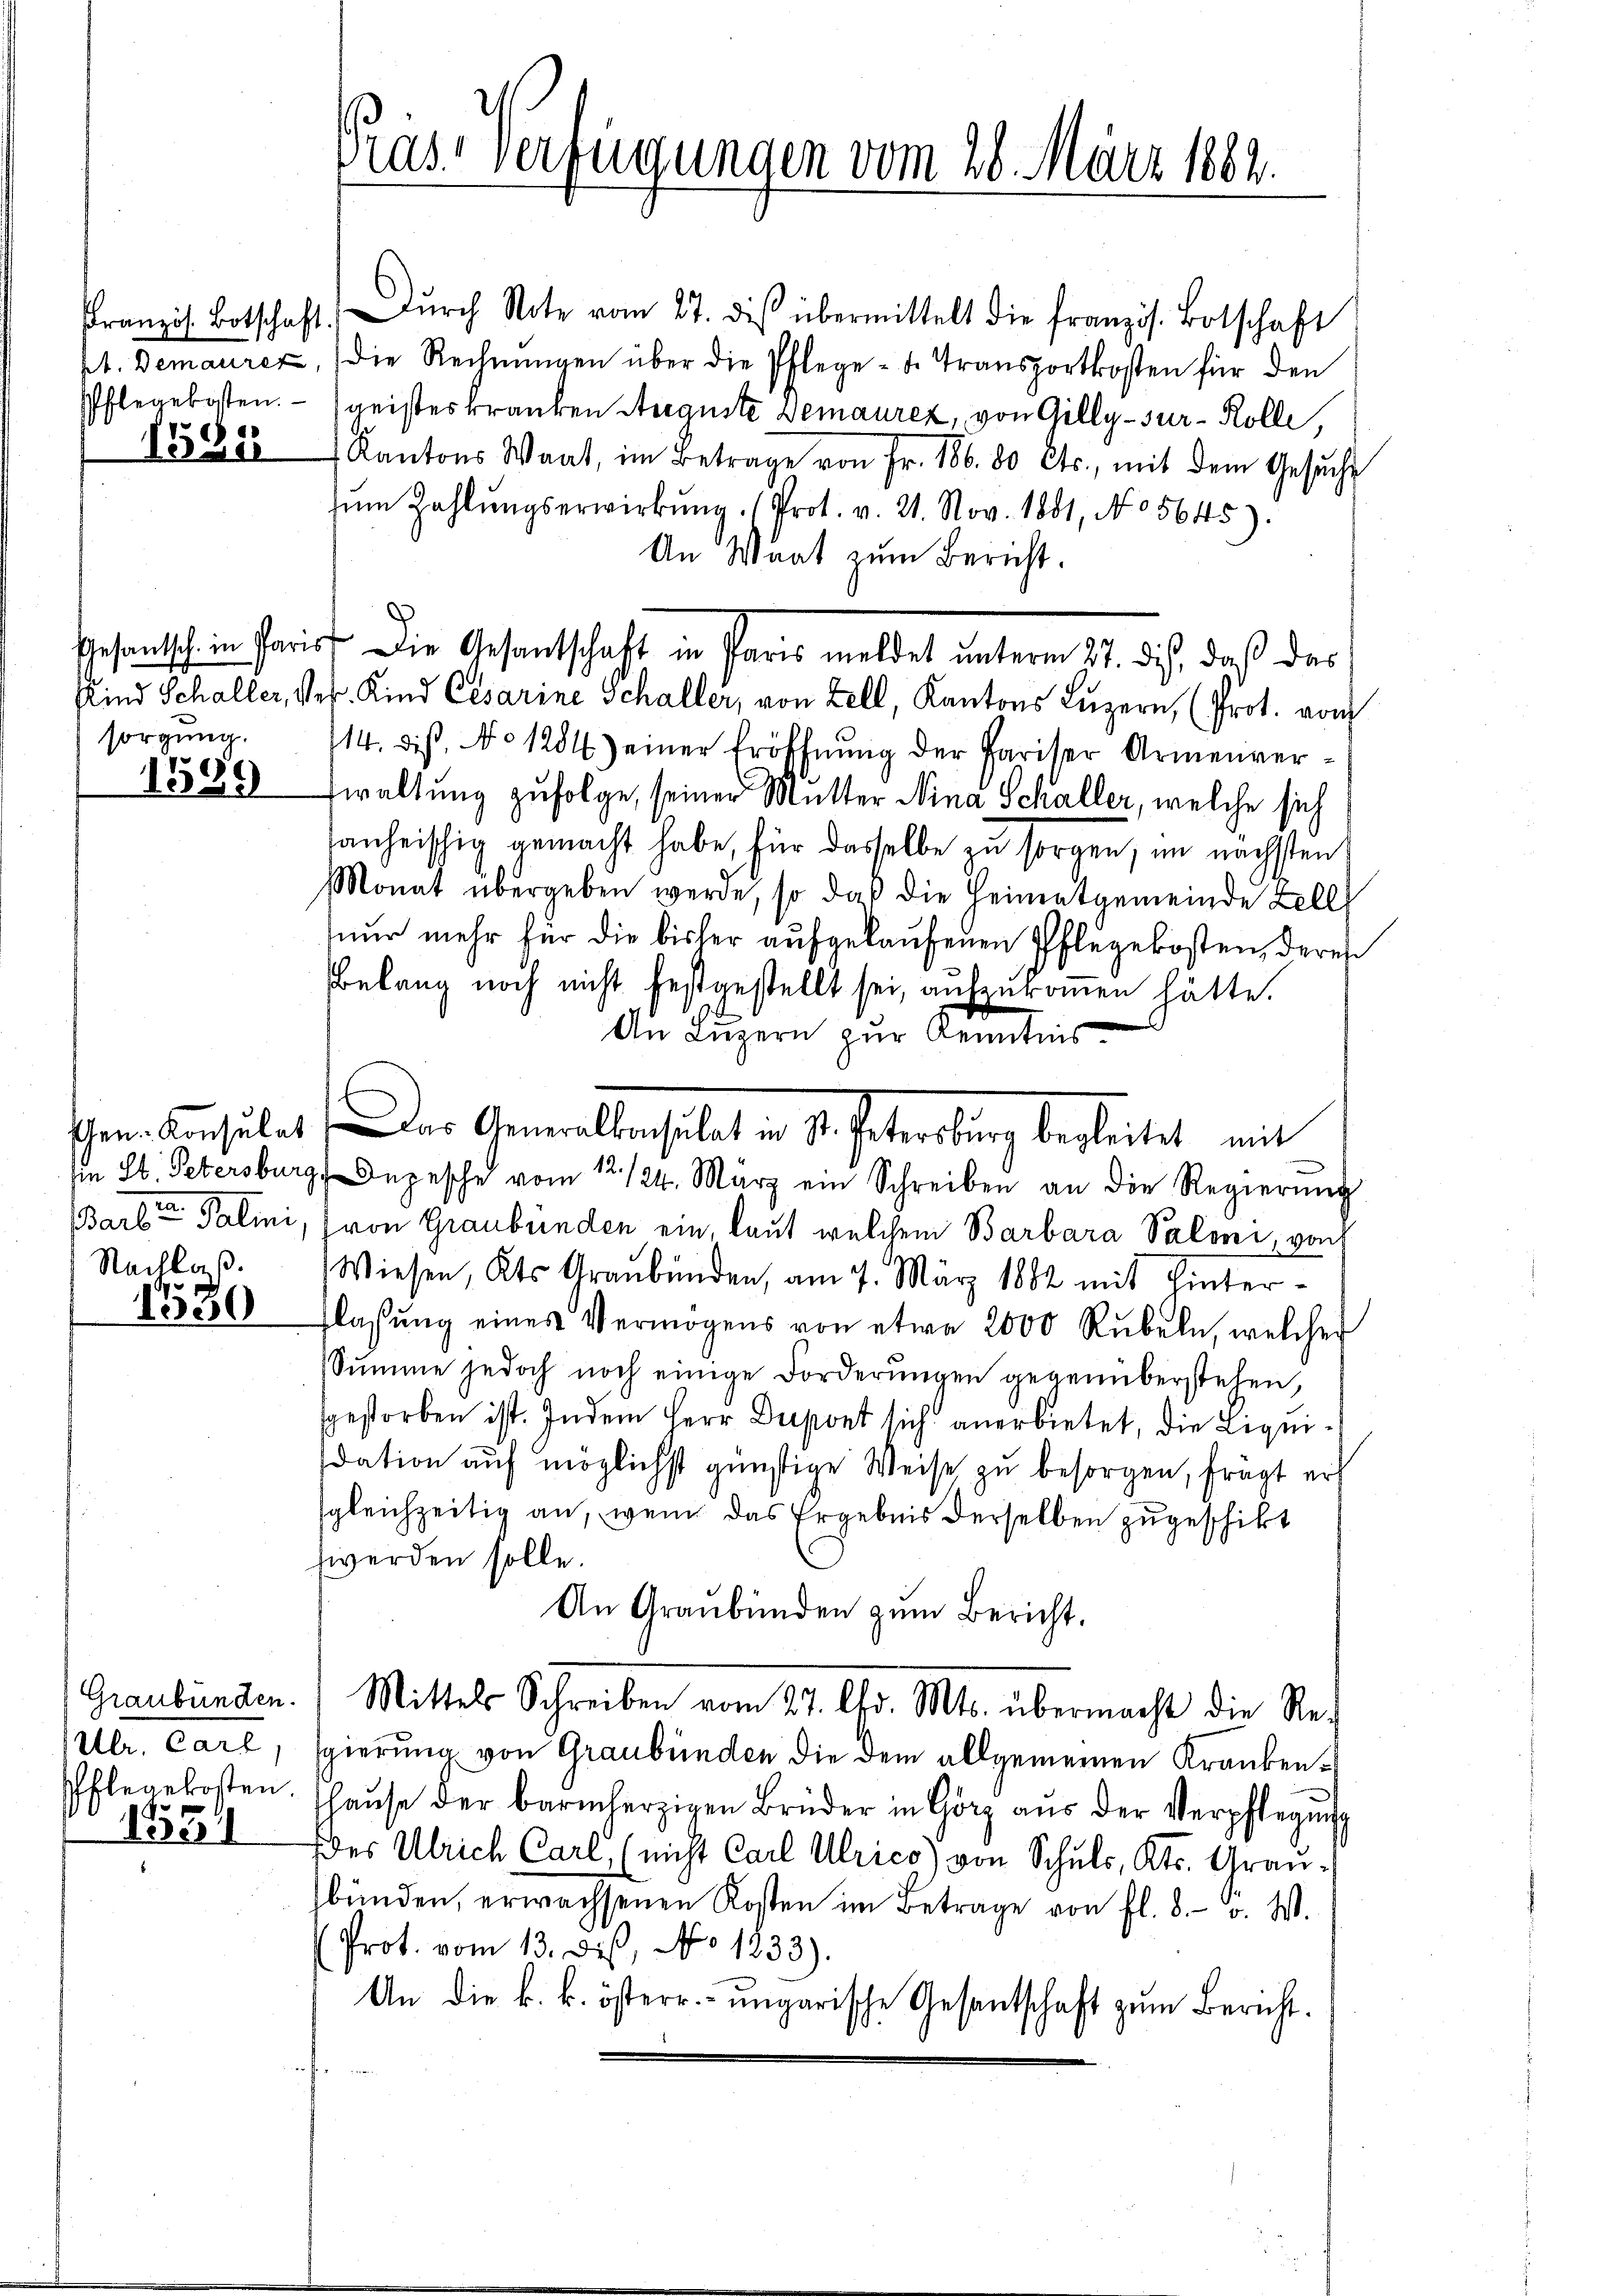
1581

sorgung.
1599

Barten Salmi
Nachlaß.

1580

Ulr. Carl,
Pflegekosten.

155

Pras Verfügungen vom 28. März 1882.

Französ. Botschaft. Durch Note vom 27. diβ übermittelt die französ. Botschaft
pt. Demaurer, die Rechnŭngen über die Pflege - u. Transportkosten für den
Pflegekosten. geisteskranken Auguste Demaurez, von Gilly-sur-Kolle,
Kantons Waat, im Betrage von Fr. 186.80 Cts., mit dem Gesŭche
nu Zahlŭngserwirkŭng (Prot. v. 21. Nov. 1881, No 05645).
An Maat zum Bericht.
Gesandtsch in Paris Die Gesandtschaft in Paris meldet unterm 27. ds, daß das
Kind Schaller, Pr. Kind Cesarine Schaller, von Zell, Kantons Luzern, (Prot. vom
114. dis, No 1284) einer Eröffnung der Pariser Armenverwaltung zufolge, seiner Mutter Nina Schaller, welche sich
anheischig gemacht habe, für dasselbe zu sorgen, im nächsten
Monat übergeben werde, so daß die Heimatgemeinde Zell
nur mehr für die bisher aufgelaufenen Pflegekosten, deres
Belang noch nicht festgestellt sei, aufzukommen hätte.
An Luzern zur Kenntnis
Ein St. Petersburg, Depesche vom 12. 124. März ein Schreiben an die Regierŭng
von Graubünden ein, laut welchem Barbara Valeni, von
Wiesen, Kts Graubünden, am 7. März 1882 mit Hinterflassŭng eines Vermögens von etwa 2000 Rübeln, welcher
Summe jedoch noch einige Forderungen gegenüberstehen,
sgestorben ist. Indem Herr Dupont sich anerbietet, die Liquidation auf möglichst günstige Weise zu besorgen, frägt er
sgleichzeitig an, wenn das Ergebnis derselben zugeschikt
werden solle.
An Graubünden zum Bericht.
Graubünden. Mittels Schreiben vom 27. d. Mts. übermacht die Re-
sgierung von Graubünden die dem allgemeinen Krankenhaŭse der barmherzigen Brüder in Görz aus der Verpflegŭng
Des Ulrich Carl, (nicht Carl Ulrico) von Schuls, Kts. Graubünden, erwachsenen Kosten im Betrage von fl. 8. v. W.
Prot. vom 13. Des, No. 1833).
An die k. k. österr. ungarische Gesantschaft zŭm Bericht.

Gem. Konsulat, das Generalkonsulat in St. Petersburg begleitet, mit